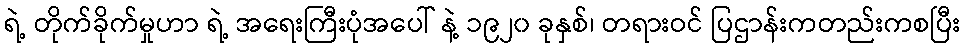
ရဲ့ တိုက်ခိုက်မှုဟာ ရဲ့ အရေးကြီးပုံအပေါ် နဲ့ ၁၉၂၀ ခုနှစ်၊ တရားဝင် ပြဌာန်းကတည်းကစပြီး